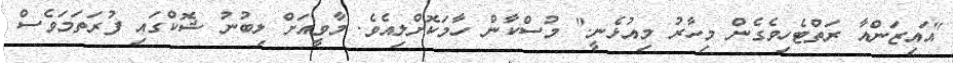
"އައިޒަންއާ ރަތްޓެހިވެގެން މިހާރު މިއުޅެނީ." މުސްކާން ހާމަކޮށްލިއެވެ. މާވީއަށް ލިބުނު ޝޮކްގައި ފުރަތަމަވެސް